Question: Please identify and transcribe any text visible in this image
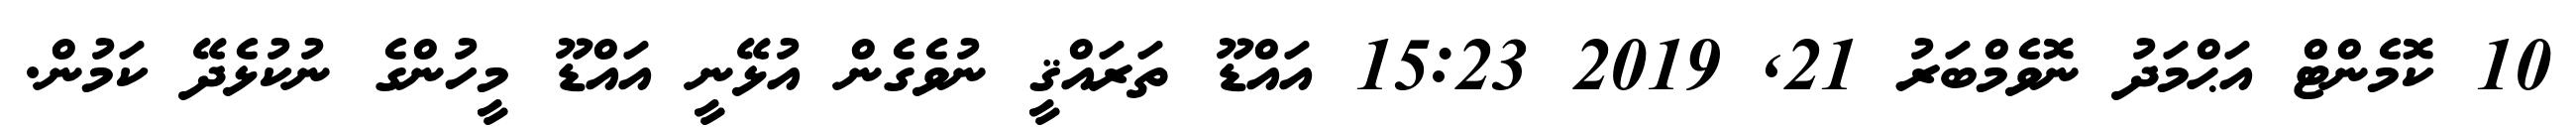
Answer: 10 ކޮމެންޓް އަޙްމަދު ނޮވެމްބަރު 21, 2019 15:23 އައްޑޫ ތަރައްޤީ ނުވެގެން އުޅޭނީ އައްޑޫ މީހުންގެ ނުކުޅެދޭ ކަމުން.